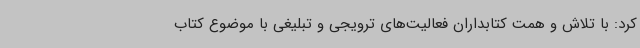
کرد: با تلاش و همت کتابداران فعالیت‌های ترویجی و تبلیغی با موضوع کتاب